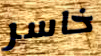
خاسر